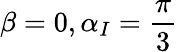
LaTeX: \beta=0,\alpha_{I}=\frac{\pi}{3}